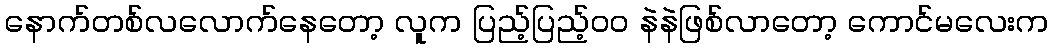
နောက်တစ်လလောက်နေတော့ လူက ပြည့်ပြည့်ဝဝ နဲနဲဖြစ်လာတော့ ကောင်မလေးက